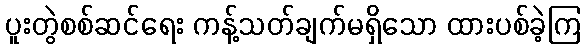
ပူးတွဲစစ်ဆင်ရေး ကန့်သတ်ချက်မရှိသော ထားပစ်ခဲ့ကြ